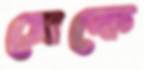
সেকে